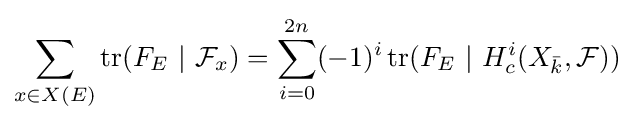
\sum _{x\in X(E)}\operatorname {tr} (F_{E}\,\,|\,\,{\mathcal {F}}_{x})=\sum _{i=0}^{2n}(-1)^{i}\operatorname {tr} (F_{E}\,\,|\,\,H_{c}^{i}(X_{\bar {k}},{\mathcal {F}}))